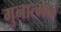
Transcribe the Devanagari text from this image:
गुनात्मक